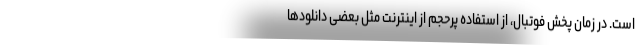
است. در زمان پخش فوتبال، از استفاده پرحجم از اینترنت مثل بعضی دانلودها